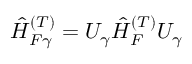
\hat { H } _ { F \gamma } ^ { ( T ) } = U _ { \gamma } \hat { H } _ { F } ^ { ( T ) } U _ { \gamma }